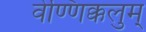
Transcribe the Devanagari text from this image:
वेण्णिक्कलुम्